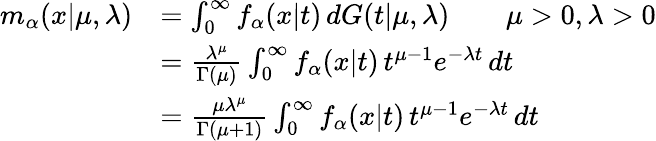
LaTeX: \begin{array}{rl}{m_{\alpha}(x\vert\mu,\lambda)}&{=\int_{0}^{\infty}f_{\alpha}(x\vert t)\, dG(t\vert\mu,\lambda)\qquad\mu>0,\lambda>0}\\ &{=\frac{\lambda^{\mu}}{\Gamma(\mu)}\int_{0}^{\infty}f_{\alpha}(x\vert t)\, t^{\mu-1}e^{-\lambda t}\, dt}\\ &{=\frac{\mu\lambda^{\mu}}{\Gamma(\mu+1)}\int_{0}^{\infty}f_{\alpha}(x\vert t)\, t^{\mu-1}e^{-\lambda t}\, dt}\end{array}